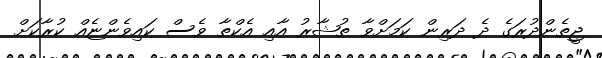
ޖީތެންދުރަގެ ދެ ދަރިން ކަމަށްވާ ތުޝާރު އާއި އެކްތާ ވެސް ކައިވެންޏެއް ކުރާކަށް